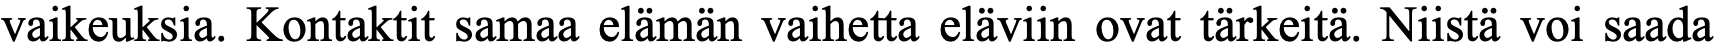
vaikeuksia. Kontaktit samaa elämän vaihetta eläviin ovat tärkeitä. Niistä voi saada